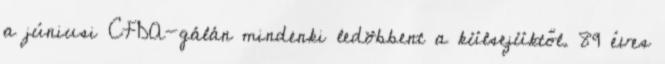
a júniusi CFDA-gálán mindenki ledöbbent a külsejüktől. 89 éves